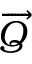
\overrightarrow { Q }